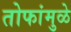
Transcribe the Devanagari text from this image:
तोफांमुळे